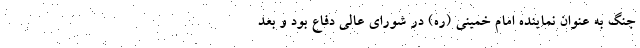
جنگ به عنوان نماینده امام خمینی (ره) در شورای عالی دفاع بود و بعد